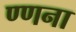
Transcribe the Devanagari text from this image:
ण्णना